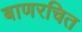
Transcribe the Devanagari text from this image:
बाणरचित